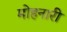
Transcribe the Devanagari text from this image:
मोहनारी